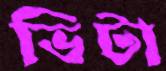
ভিটা